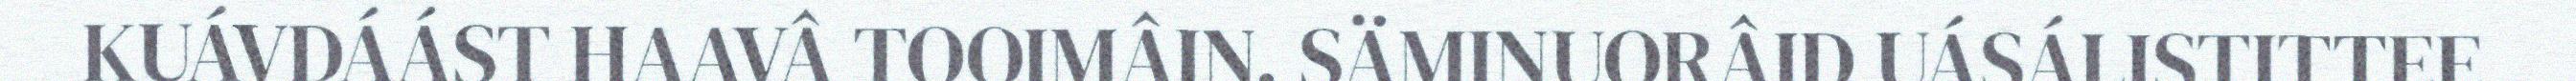
KUÁVDÁÁST HAAVÂ TOOIMÂIN. SÄMINUORÂID UÁSÁLISTITTEE